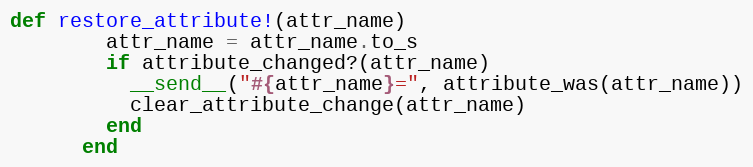
Language: Ruby
def restore_attribute!(attr_name)
        attr_name = attr_name.to_s
        if attribute_changed?(attr_name)
          __send__("#{attr_name}=", attribute_was(attr_name))
          clear_attribute_change(attr_name)
        end
      end